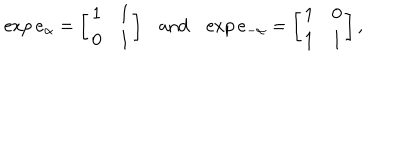
\exp e _ { \alpha } = \left[ \begin{array} { c c } { { 1 } } & { { 1 } } \\ { { 0 } } & { { 1 } } \\ \end{array} \right] \mathrm { a n d } \exp e _ { - \alpha } = \left[ \begin{array} { c c } { { 1 } } & { { 0 } } \\ { { 1 } } & { { 1 } } \\ \end{array} \right] ,